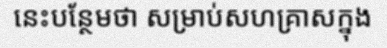
នេះបន្ថែមថា សម្រាប់សហគ្រាសក្នុង